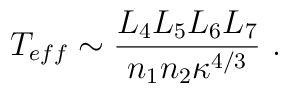
T_{eff}\sim {L_4 L_5 L_6 L_7 \over n_1 n_2 \kappa^{4/3} }\ .